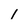
Character: 1